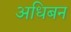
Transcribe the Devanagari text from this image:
अधिबन